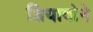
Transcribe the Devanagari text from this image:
शियावोने